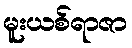
မူးယစ်ရာဇာ